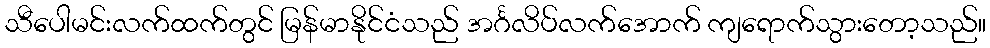
သီပေါမင်းလက်ထက်တွင် မြန်မာနိုင်ငံသည် အင်္ဂလိပ်လက်အောက် ကျရောက်သွားတော့သည်။